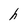
Character: h